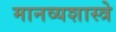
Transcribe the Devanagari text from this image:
मानव्यशास्त्रे